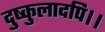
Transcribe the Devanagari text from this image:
दुष्कुलादपि।।